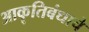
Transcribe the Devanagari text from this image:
आकॄतिबंधाचे